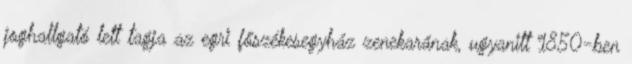
joghallgató lett tagja az egri főszékesegyház zenekarának, ugyanitt 1850-ben